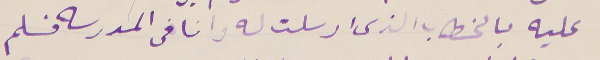
عليه بالخطاب الذى ارسلت له وانا فى المدرسه فسلم